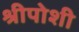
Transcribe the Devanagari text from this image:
श्रीपोशी